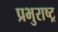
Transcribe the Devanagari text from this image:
प्रभुराष्ट्र